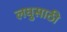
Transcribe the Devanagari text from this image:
लघुसाठी